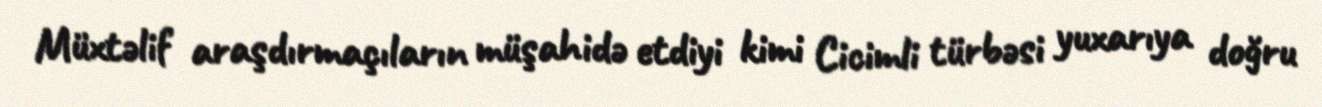
Müxtəlif araşdırmaçıların müşahidə etdiyi kimi Cicimli türbəsi yuxarıya doğru